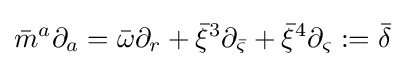
{\bar {m}}^{a}\partial _{a}={\bar {\omega }}\partial _{r}+{\bar {\xi }}^{3}\partial _{\bar {\varsigma }}+{\bar {\xi }}^{4}\partial _{\varsigma }:={\bar {\delta }}